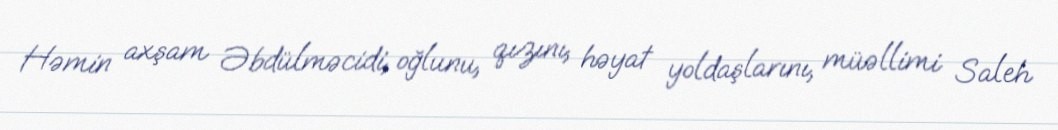
Həmin axşam Əbdülməcidi, oğlunu, qızını, həyat yoldaşlarını, müəllimi Saleh